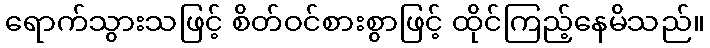
ရောက်သွားသဖြင့် စိတ်ဝင်စားစွာဖြင့် ထိုင်ကြည့်နေမိသည်။